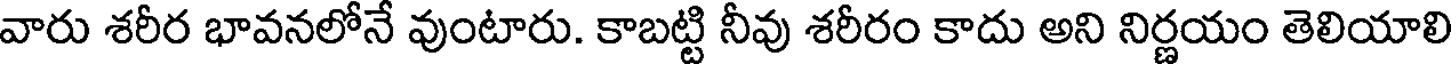
వారు శరీర భావనలోనే వుంటారు. కాబట్టి నీవు శరీరం కాదు అని నిర్ణయం తెలియాలి